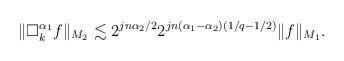
LaTeX: \begin{align*} \|\Box_k^{\alpha_1}f\|_{M_2} \lesssim 2^{jn\alpha_2/2}2^{jn(\alpha_1-\alpha_2)(1/q-1/2)}\|f\|_{M_1}. \end{align*}